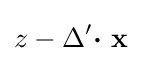
z-\Delta '{\boldsymbol {\cdot }}~\mathbf {x}